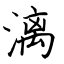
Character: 漓